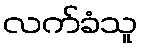
လက်ခံသူ